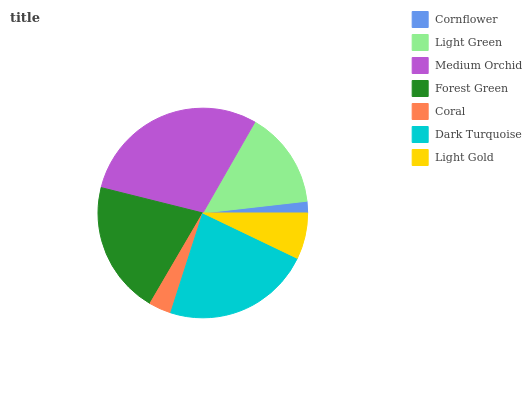
| Cornflower | Light Green | Medium Orchid | Forest Green | Coral | Dark Turquoise | Light Gold |
 | --- | --- | --- | --- | --- | --- | --- |
 | 1.8% | 14.9% | 29.4% | 20.5% | 3.45% | 22.9% | 7.1% |